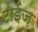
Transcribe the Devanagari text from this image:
टाईज़